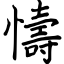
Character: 懤